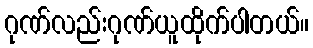
ဂုဏ်လည်းဂုဏ်ယူထိုက်ပါတယ်။